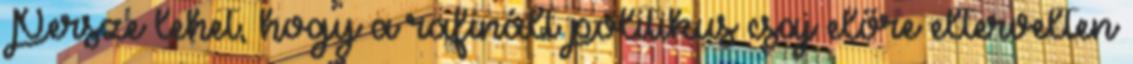
Persze lehet, hogy a rafinált politikus csaj előre eltervelten